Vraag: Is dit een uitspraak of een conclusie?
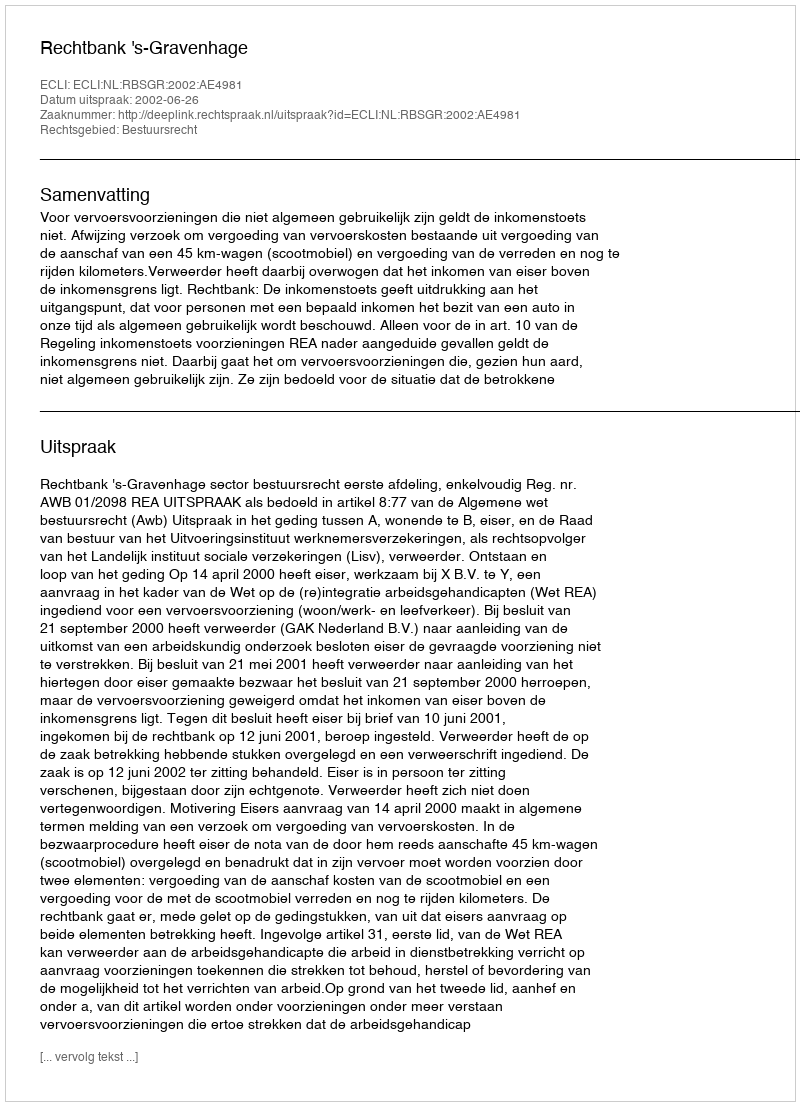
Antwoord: Uitspraak